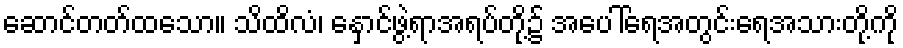
ဆောင်တတ်ထသော။ သိထိလံ၊ နှောင်ဖွဲ့ရာအရပ်တို့၌ အပေါ်ရေအတွင်းရေအသားတို့ကို